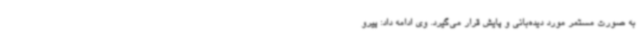
به صورت مستمر مورد دیده‌بانی و پایش قرار می‌گیرد. وی ادامه داد: پیرو